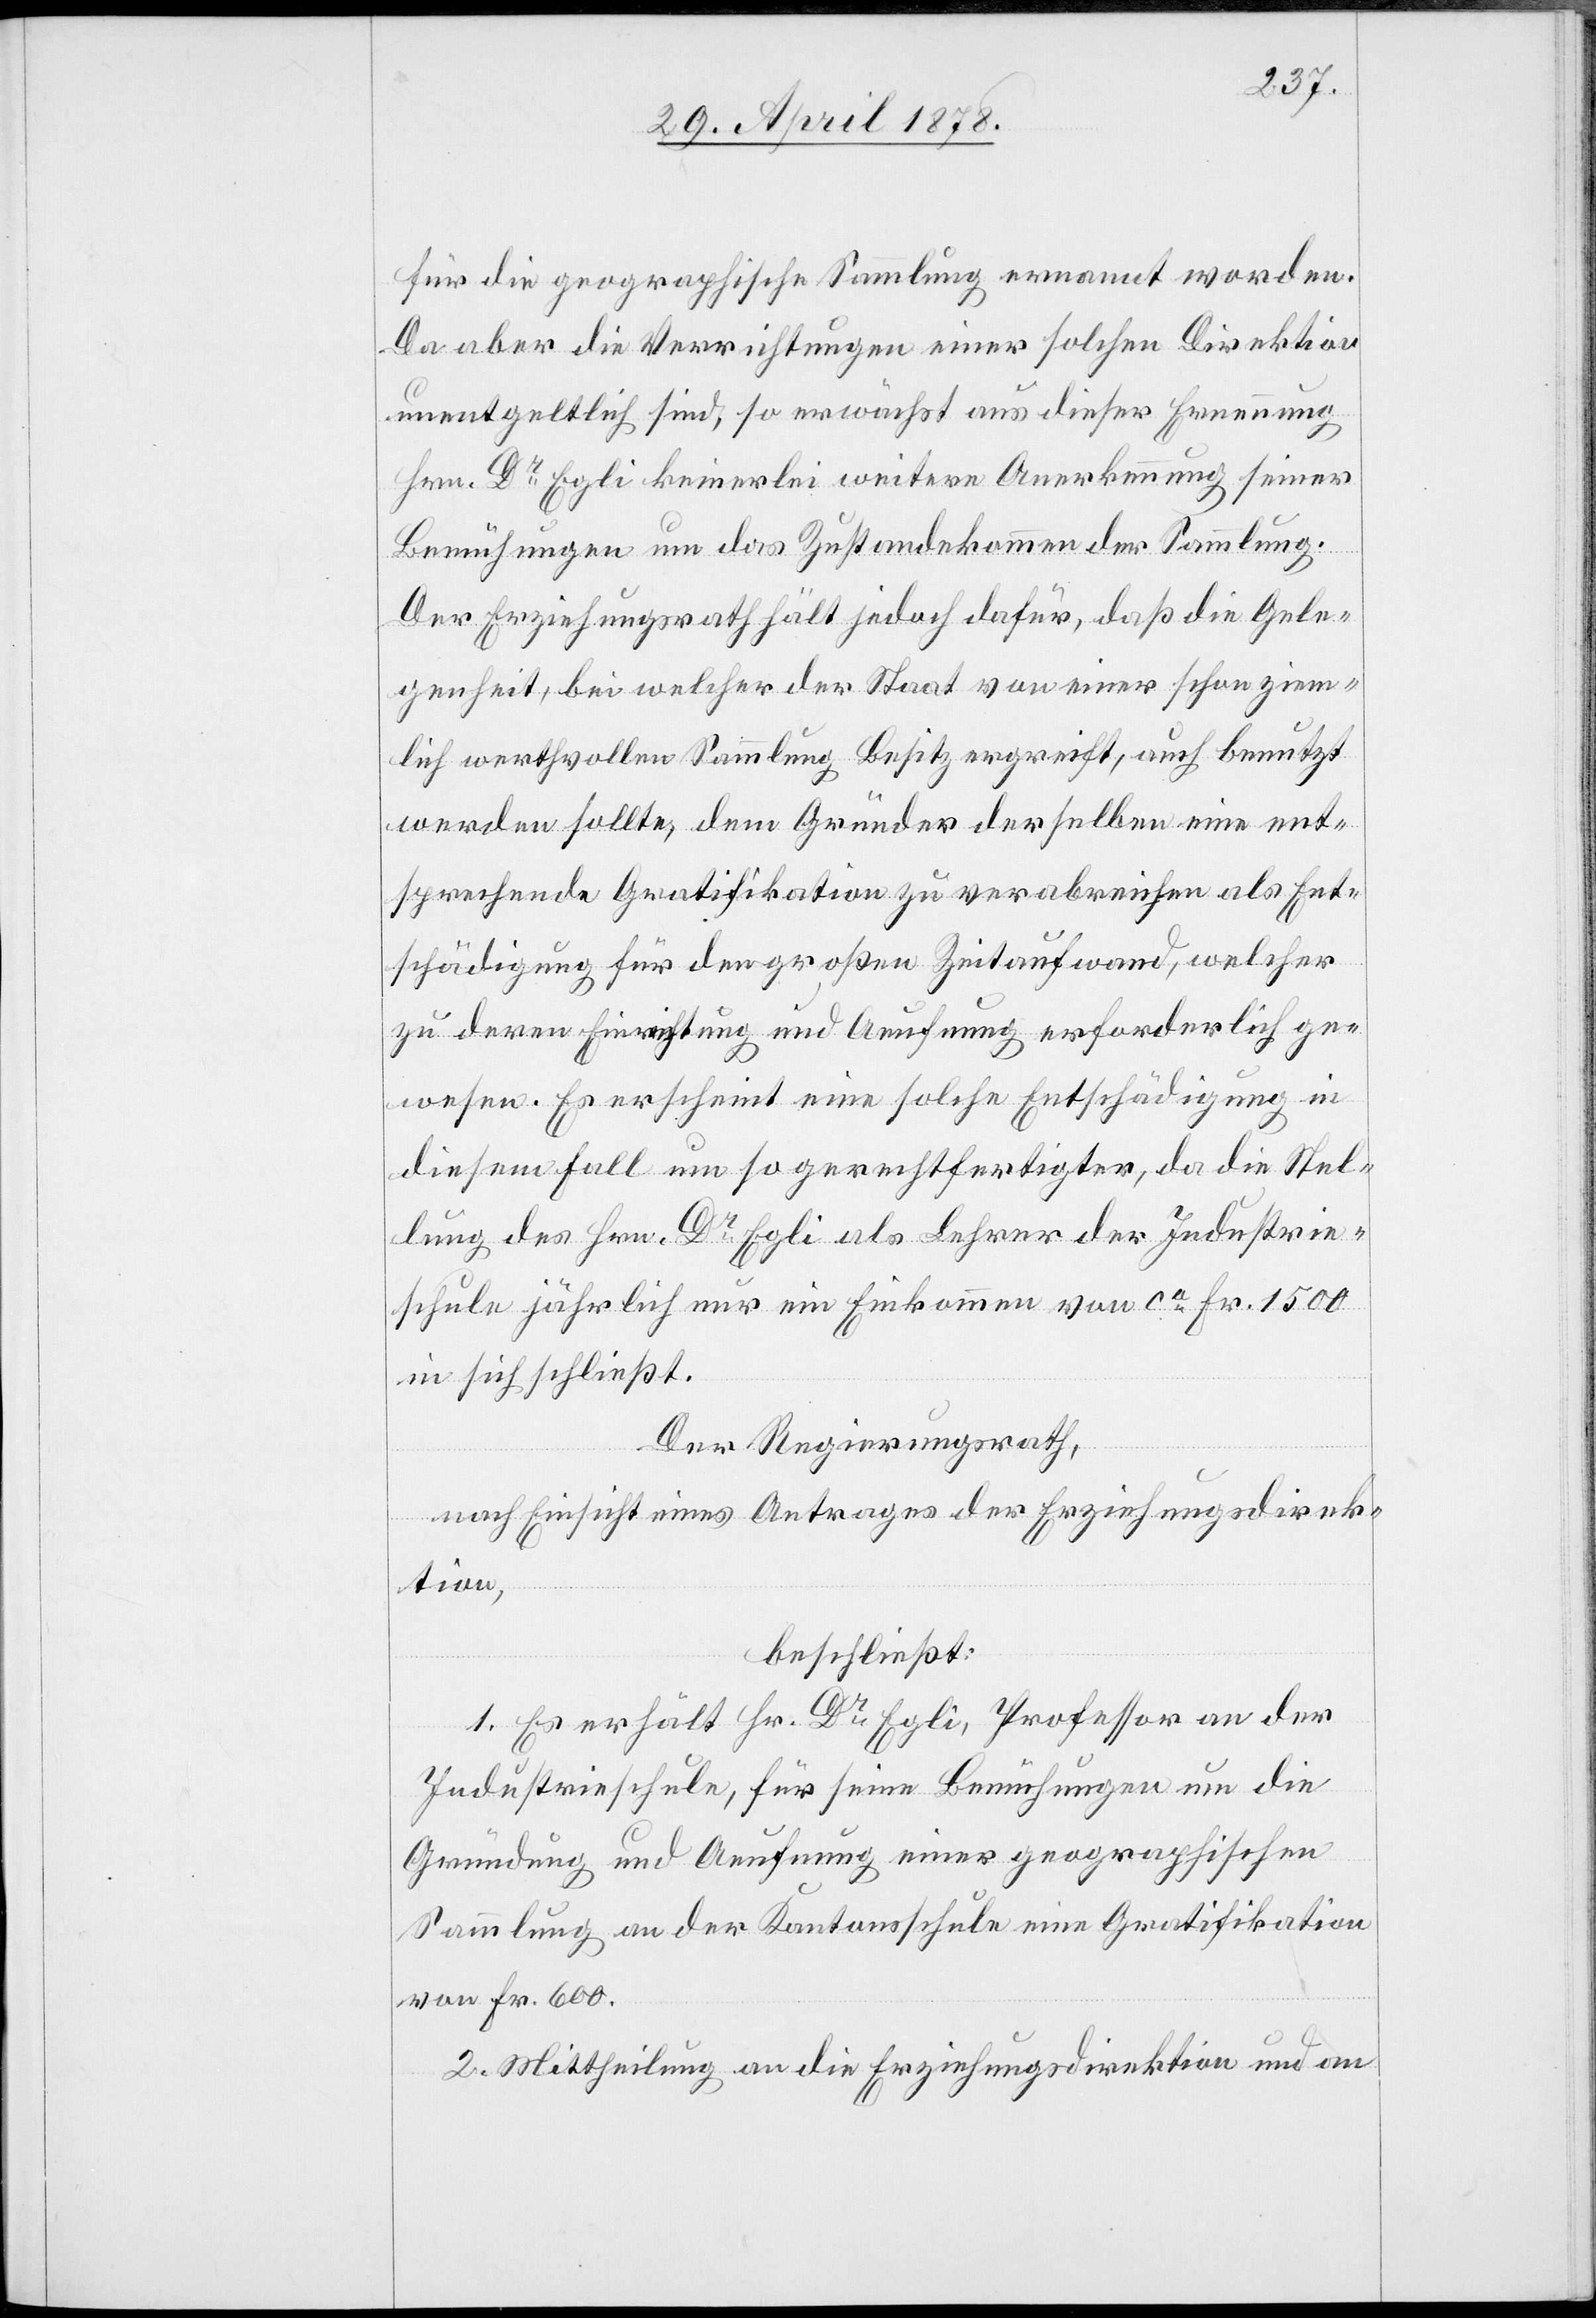
für die geographische Sammlung ernannt worden.
Da aber die Verrichtungen einer solchen Direktion
unentgeltlich sind, so erwächst aus dieser Ernennung
Hrn. Dr Egli keinerlei weitere Anerkennung seiner
Bemühungen um das Zustandekommen der Sammlung.
Der Erziehungsrath hält jedoch dafür, daß die Gele¬
genheit, bei welcher der Staat von einer schon ziem¬
lich werthvollen Sammlung Besitz ergreift, auch benutzt
werden sollte, dem Gründer derselben eine ent¬
sprechende Gratifikation zu verabreichen als Ent¬
schädigung für den großen Zeitaufwand, welcher
zu deren Einrichtung und Aeufnung erforderlich ge¬
wesen. Es erscheint eine solche Entschädigung in
diesem Fall um so gerechtfertigter, da die Stel¬
lung des Hrn. Dr Egli als Lehrer der Industrie¬
schule jährlich nur ein Einkommen von ca Fr. 1500
in sich schließt.
Der Regierungsrath,
nach Einsicht eines Antrages der Erziehungsdirek¬
tion,
beschließt:
1. Es erhält Hr. Dr Egli, Professor an der
Industrieschule, für seine Bemühungen um die
Gründung und Aeufnung einer geographischen
Sammlung an der Kantonsschule eine Gratifikation
von Fr. 600.
2. Mittheilung an die Erziehungsdirektion und an